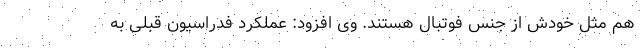
هم مثل خودش از جنس فوتبال هستند. وی افزود: عملکرد فدراسیون قبلی به